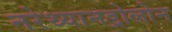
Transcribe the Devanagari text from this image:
नरेथ्यानड्रोलोन